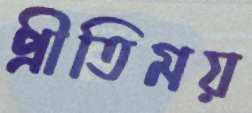
প্রীতিময়